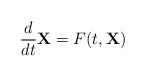
LaTeX: \begin{align*}\frac{d}{dt}\mathbf{X}=F(t,\mathbf{X})\end{align*}